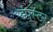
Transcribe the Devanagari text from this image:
डंपस्टर